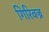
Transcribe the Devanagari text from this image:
गिरिवज्र